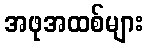
အဖုအထစ်များ